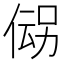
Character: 𬾪